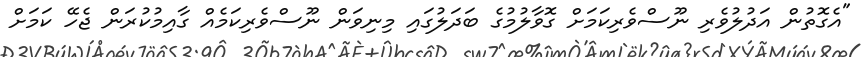
"އެގޮތުން އަދުލުވެރި ނޫސްވެރިކަމަށް ގޮވާލުމުގެ ބަދަލުގައި މިނިވަން ނޫސްވެރިކަމެއް ގާއިމުކުރަން ޖެހޭ ކަމަށް